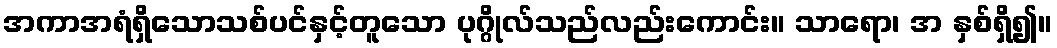
အကာအရံရှိသောသစ်ပင်နှင့်တူသော ပုဂ္ဂိုလ်သည်လည်းကောင်း။ သာရော၊ အ နှစ်ရှိ၍။